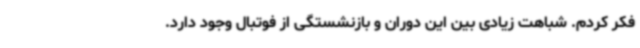
فکر کردم. شباهت زیادی بین این دوران و بازنشستگی از فوتبال وجود دارد.